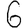
Digit: 6